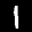
Label: 1